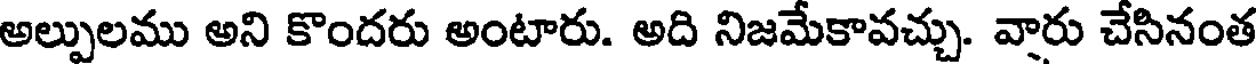
అల్పులము అని కొందరు అంటారు. అది నిజమేకావచ్చు. వారు చేసినంత